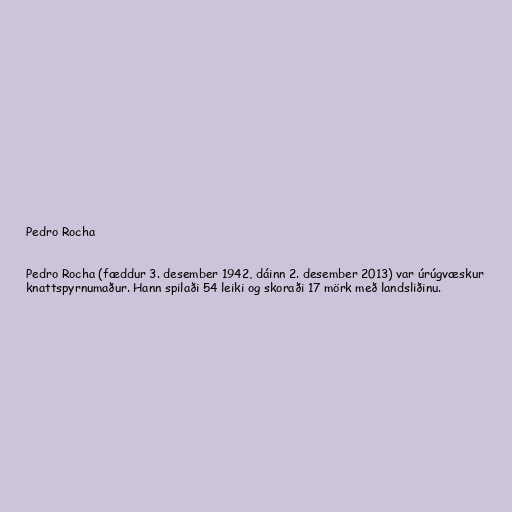
Pedro Rocha

Pedro Rocha (fæddur 3. desember 1942, dáinn 2. desember 2013) var úrúgvæskur
knattspyrnumaður. Hann spilaði 54 leiki og skoraði 17 mörk með landsliðinu.